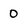
Character: 0